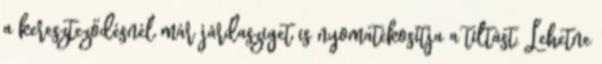
a kereszteződésnél már járdasziget is nyomatékosítja a tiltást. Lehetne